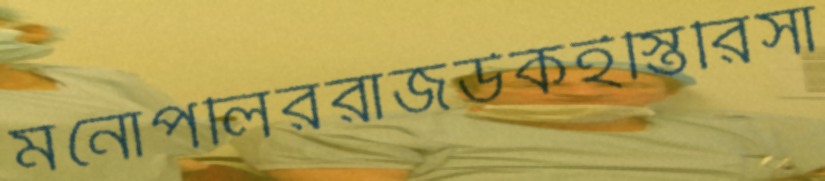
মনোপলিররাজউকইস্তিরিসা